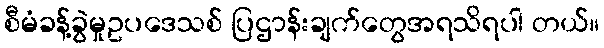
စီမံခန့်ခွဲမှုဥပဒေသစ် ပြဌာန်းချက်တွေအရသိရပါ တယ်။